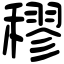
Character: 穋